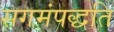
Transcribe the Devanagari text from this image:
सगमंपद्धति